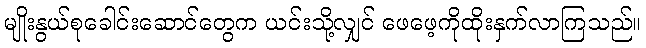
မျိုးနွယ်စုခေါင်းဆောင်တွေက ယင်းသို့လျှင် ဖေဖေ့ကိုထိုးနှက်လာကြသည်။